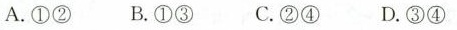
A. ①② B. ①③ C. ②④ D.③④